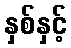
နှစ်နှင့်